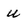
Character: u